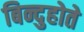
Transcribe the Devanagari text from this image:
बिन्दुहोते